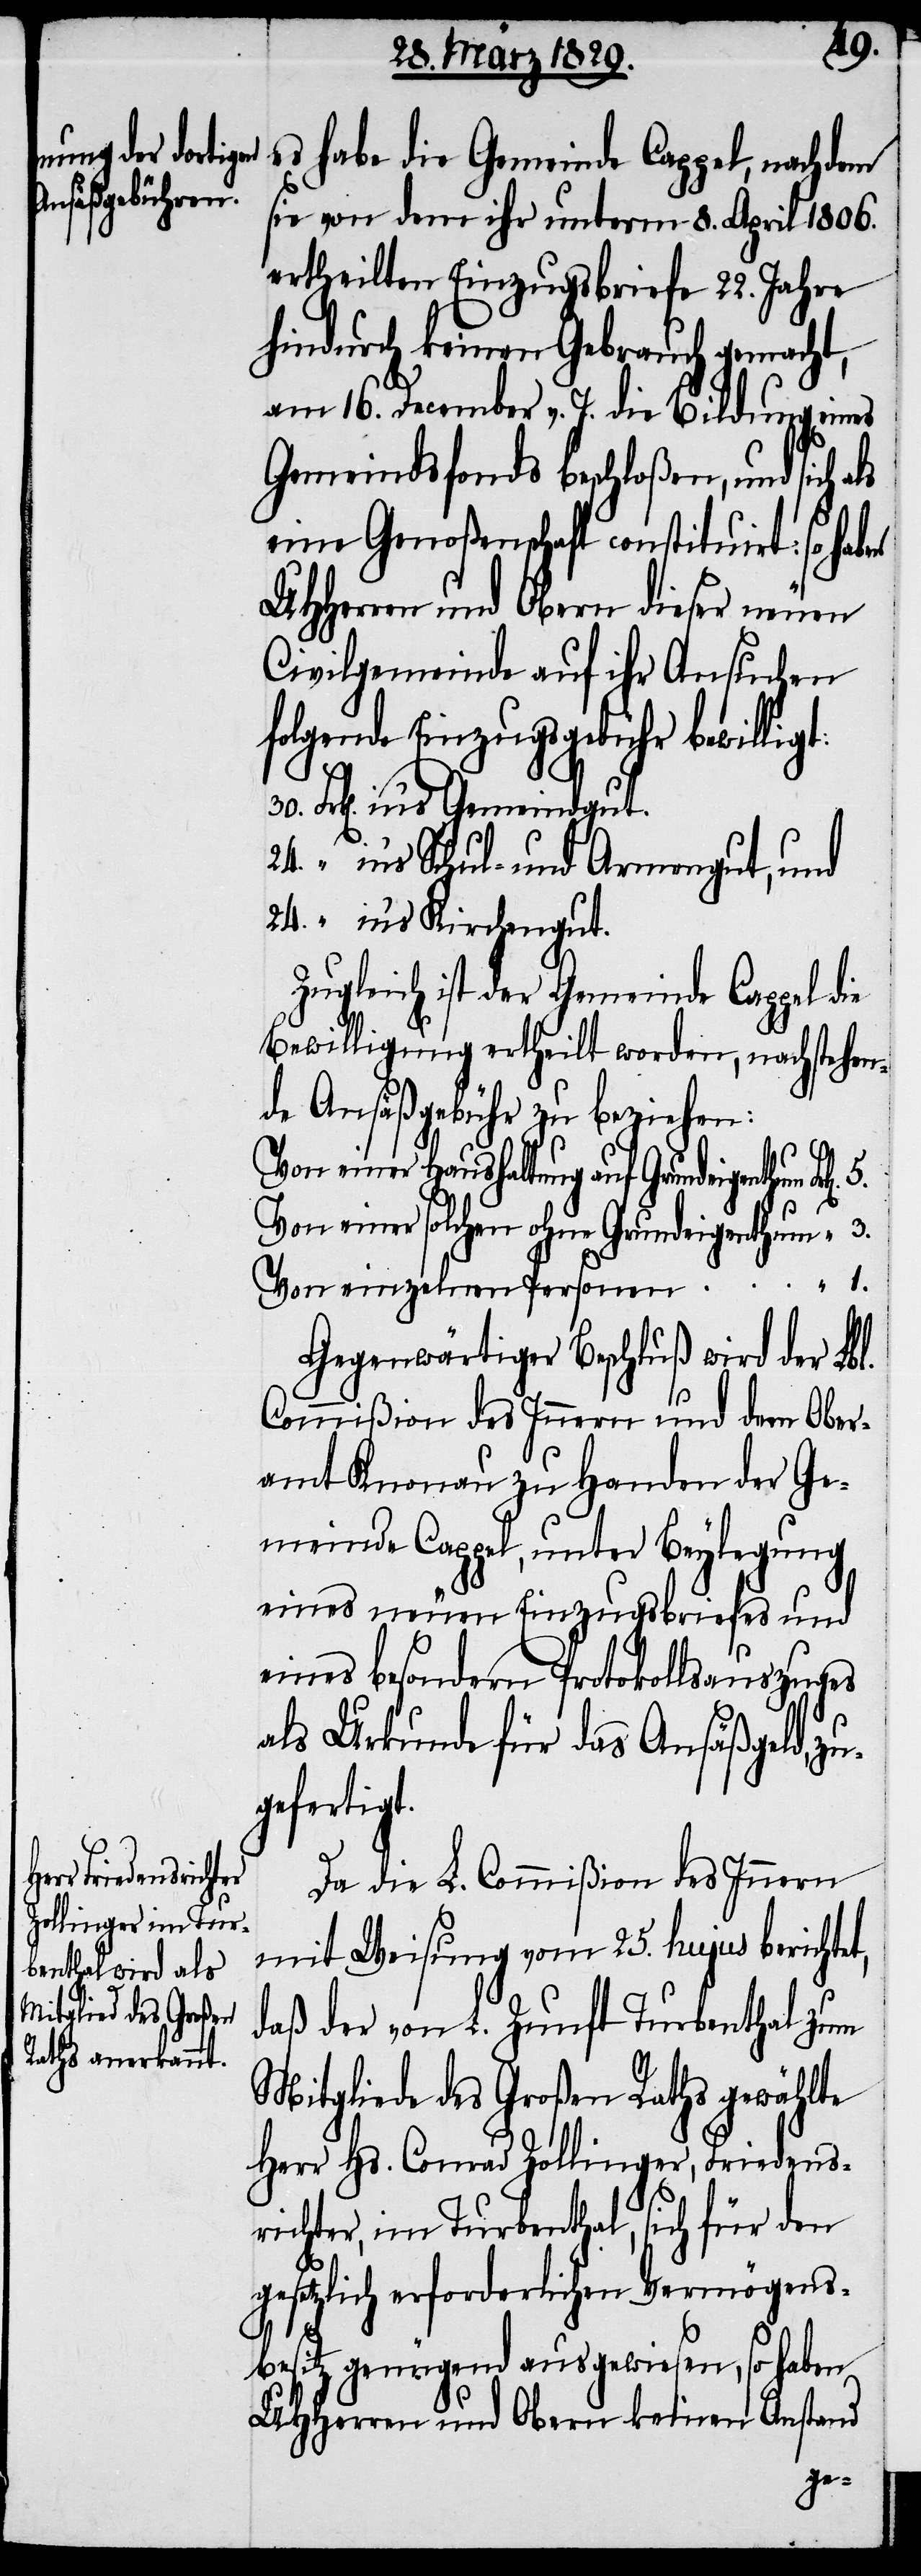
30.
es habe die Gemeinde Cappel, nachdem
sie von dem ihr unterm 8. April 1806.
ertheilten Einzugsbriefe 22. Jahre
hindurch keinen Gebrauch gemacht,
am 16. December v. J. die Bildung eines
Gemeindsfonds beschloßen, und sich als
eine Genoßenschaft constituirt: so haben
UHHerren und Obern dieser neuen
Civilgemeinde auf ihr Ansuchen
folgende Einzugsgebühren bewillig¬
Frk[en]. in’s Gemeindgut.
24. “ in’s Schul- und Armengut, und
24. “ in’s Kirchengut.
Zugleich ist der Gemeinde Cappel die
Bewilligung ertheilt worden, nachstehen¬
de Ansäßgebühren zu beziehen:
Von einer Haushaltung auf Grundeigenthum
Von einer solchen ohne Grundeigenthum “ 3.
Von einzelnen Personen “ 1.
Gegenwärtiger Beschluß wird der Lbl.
Commißion des Innern und dem Ober¬
amt Knonau zu Handen der Ge¬
meinde Cappel, unter Beylegung
eines neuen Einzugsbriefes und
eines besondern Protokollsauszuges
als Urkunde für das Ansäßgeld, zu¬
gefertigt.
Da die L. Commißion des Innern
mit Weisung vom 25. hujus berichtet,
daß der von L. Zunft Turbenthal zum
Mitgliede des Großen Raths gewählte
Herr Hs. Conrad Zollinger, Friedens¬
richter, im Turbenthal, sich für den
gesetzlich erforderlichen Vermögens¬
besitz genügend ausgewiesen, so haben
UHHerren und Obern keinen Anstand
t: